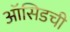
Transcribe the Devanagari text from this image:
ऑसिडची